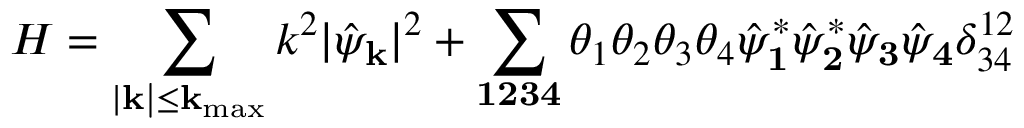
H = \sum _ { | \bf k | \le k _ { \mathrm { m a x } } } k ^ { 2 } | \hat { \psi } _ { \bf k } | ^ { 2 } + \sum _ { \bf 1 2 3 4 } \theta _ { 1 } \theta _ { 2 } \theta _ { 3 } \theta _ { 4 } \hat { \psi } _ { \bf 1 } ^ { * } \hat { \psi } _ { \bf 2 } ^ { * } \hat { \psi } _ { \bf 3 } \hat { \psi } _ { \bf 4 } \delta _ { 3 4 } ^ { 1 2 }